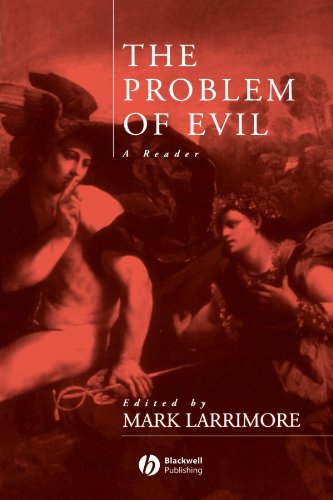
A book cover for The Problem of Evil: A Reader; Mark Larrimore; Politics & Social Sciences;